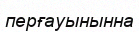
перғауынынна